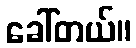
ခေါ်တယ်။